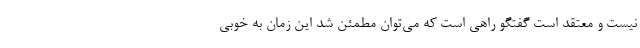
نیست و معتقد است گفتگو راهی است که می‌توان مطمئن شد این زمان به خوبی